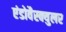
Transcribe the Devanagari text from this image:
एंडोवैस्क्युलर